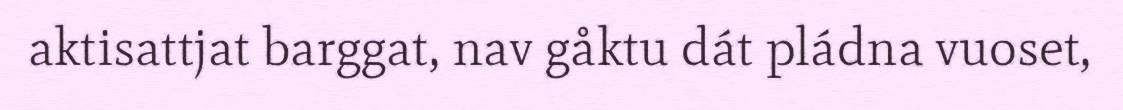
aktisattjat barggat, nav gåktu dát pládna vuoset,